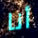
أنا